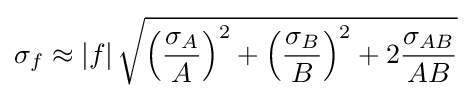
\sigma _{f}\approx \left|f\right|{\sqrt {\left({\frac {\sigma _{A}}{A}}\right)^{2}+\left({\frac {\sigma _{B}}{B}}\right)^{2}+2{\frac {\sigma _{AB}}{AB}}}}